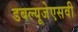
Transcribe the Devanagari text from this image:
डबल्यूजेएसवी